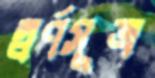
স্বর্ণসূত্র